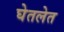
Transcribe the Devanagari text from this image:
घेतलेत